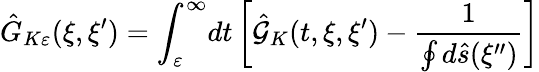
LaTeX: {\hat{G}_{K\varepsilon}}(\xi,\xi^{\prime})={\int_{\varepsilon}^{\infty}}dt\left[{\hat{\mathcal{G}}_{K}}(t,\xi,\xi^{\prime})-{\frac{1}{\oint{d}\hat{s}(\xi^{\prime\prime})}}\right]